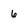
Character: 6